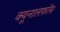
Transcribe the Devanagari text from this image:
क्‍यूनालफॉस